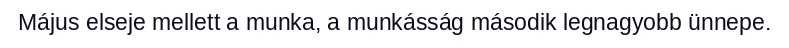
Május elseje mellett a munka, a munkásság második legnagyobb ünnepe.